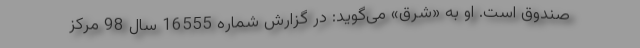
صندوق است.‌ او به «شرق» می‌گوید: در گزارش شماره 16555 سال 98 مركز